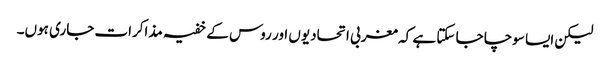
لیکن ایسا سوچا جا سکتا ہے کہ مغربی اتحادیوں اور روس کے خفیہ مذاکرات جاری ہوں۔